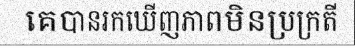
គេបានរកឃើញភាពមិនប្រក្រតី